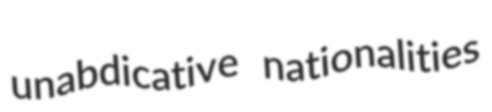
unabdicative nationalities